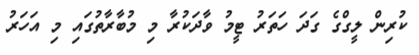
ކުރިން ލީގްގެ ގަދަ ހަތަރު ޓީމު ވާދަކުރާ މި މުބާރާތުގައި މި އަހަރު